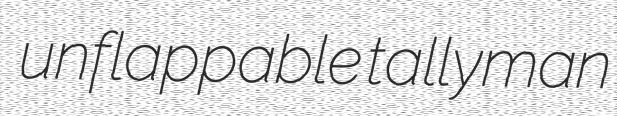
unflappable tallyman